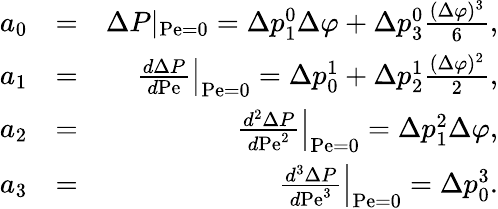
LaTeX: \begin{array}{rlr}{a_{0}}&{=}&{\Delta P|_{\mathrm{Pe}=0}=\Delta p_{1}^{0}\Delta\varphi+\Delta p_{3}^{0}\frac{(\Delta\varphi)^{3}}{6},}\\ {a_{1}}&{=}&{\left.\frac{d\Delta P}{d\mathrm{Pe}}\right|_{\mathrm{Pe}=0}=\Delta p_{0}^{1}+\Delta p_{2}^{1}\frac{(\Delta\varphi)^{2}}{2},}\\ {a_{2}}&{=}&{\left.\frac{d^{2}\Delta P}{d\mathrm{Pe}^{2}}\right|_{\mathrm{Pe}=0}=\Delta p_{1}^{2}\Delta\varphi,}\\ {a_{3}}&{=}&{\left.\frac{d^{3}\Delta P}{d\mathrm{Pe}^{3}}\right|_{\mathrm{Pe}=0}=\Delta p_{0}^{3}.}\end{array}